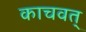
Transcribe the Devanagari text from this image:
काचवत्